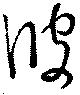
彼